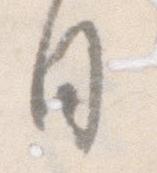
日